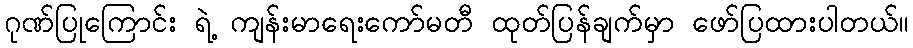
ဂုဏ်ပြုကြောင်း ရဲ့ ကျန်းမာရေးကော်မတီ ထုတ်ပြန်ချက်မှာ ဖော်ပြထားပါတယ်။